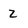
Character: z